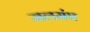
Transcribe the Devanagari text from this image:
जलसंघ